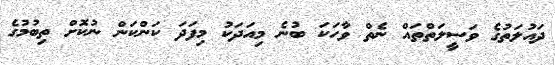
ދައުލަތުގެ ވަސީލަތްތައް ނެތް ވާހަކަ ބުނެ މިއަދަކު މިފަދަ ކަންކަން ނުކޮށް ތިބުމުގެ